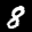
Label: 8